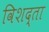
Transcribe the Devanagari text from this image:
विशद्ता